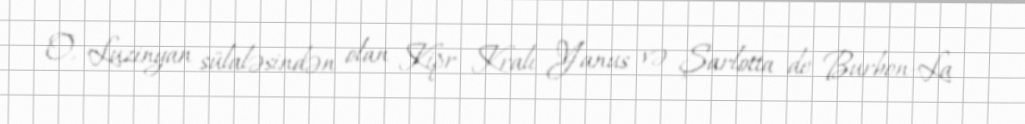
O, Luzinyan sülaləsindən olan Kipr Kralı Yanus və Şarlotta de Burbon-La